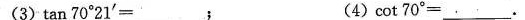
（3）\tan 70 ^{\circ} 21‘=___; (4) \cot 70 ^{\circ} =___.